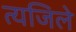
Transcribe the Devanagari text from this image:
त्यजिले